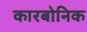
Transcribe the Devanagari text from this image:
कारबोनिक